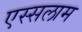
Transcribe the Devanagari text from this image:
एस्सलाम